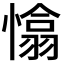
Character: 𢡁